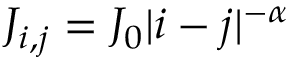
J _ { i , j } = J _ { 0 } | i - j | ^ { - \alpha }